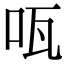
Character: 咓